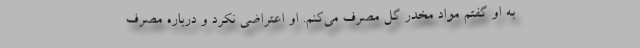
به او گفتم مواد مخدر گل مصرف می‌کنم. او اعتراضی نکرد و درباره مصرف